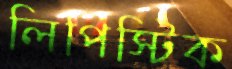
লিপিস্টিক